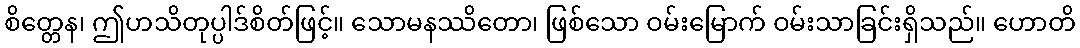
စိတ္တေန၊ ဤဟသိတုပ္ပါဒ်စိတ်ဖြင့်။ သောမနဿိတော၊ ဖြစ်သော ဝမ်းမြောက် ဝမ်းသာခြင်းရှိသည်။ ဟောတိ